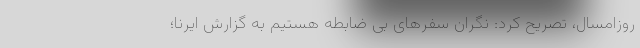
روزامسال،‌ تصریح کرد: نگران سفرهای بی ضابطه هستیم به گزارش ایرنا؛